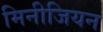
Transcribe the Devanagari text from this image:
मिनीजियन